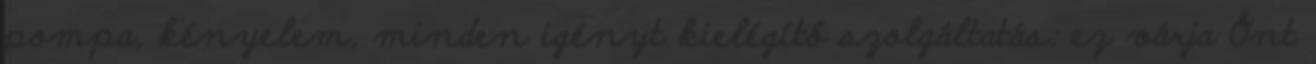
pompa, kényelem, minden igényt kielégítő szolgáltatás: ez várja Önt